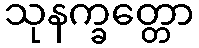
သုနက္ခတ္တော